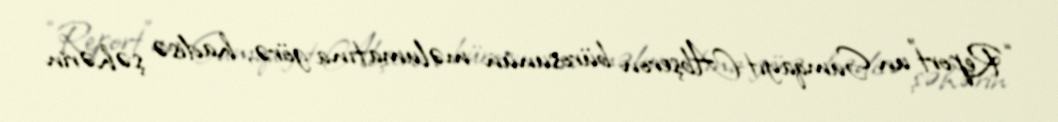
“Report”un Sumqayıt-Abşeron bürosunun məlumatına görə, hadisə şəhərin